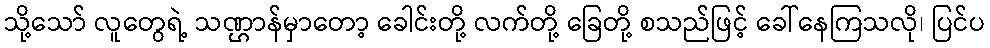
သို့သော် လူတွေရဲ့ သဏ္ဌာန်မှာတော့ ခေါင်းတို့ လက်တို့ ခြေတို့ စသည်ဖြင့် ခေါ်နေကြသလို၊ ပြင်ပ